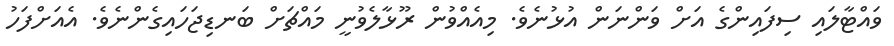
ވައްޓާލައި ސިފައިންގެ އަށް ވަންނަން އުޅުނެވެ. މިއެއްވުން ރޫޅާލެވުނީ މައްޗަށް ބަނޑިޖަހައިގެންނެވެ. އެއަށްފަހު